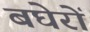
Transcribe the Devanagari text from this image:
बघेरों